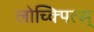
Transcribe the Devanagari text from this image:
लोच्क्पित्स्